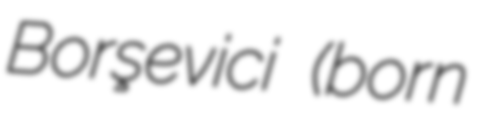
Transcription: Borşevici (born